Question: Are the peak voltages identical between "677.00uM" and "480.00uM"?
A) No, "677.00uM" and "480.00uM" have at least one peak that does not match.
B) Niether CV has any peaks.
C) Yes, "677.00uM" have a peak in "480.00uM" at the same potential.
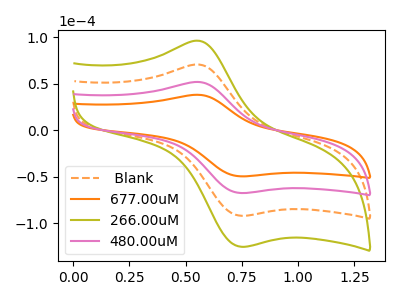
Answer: <think>The orange dashed curve " Blank" has an anodic peak at (0.55V, 103.20uA) and a cathodic peak at (0.75V, -134.95uA). The orange curve "677.00uM" has an anodic peak at (0.55V, 37.90uA) and a cathodic peak at (0.75V, -49.55uA). The olive curve "266.00uM" has an anodic peak at (0.55V, 154.80uA) and a cathodic peak at (0.75V, -202.40uA). The pink curve "480.00uM" has an anodic peak at (0.55V, 51.60uA) and a cathodic peak at (0.75V, -67.45uA).</think>
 <answer>C) Yes, "677.00uM" have a peak in "480.00uM" at the same potential.</answer>
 <eval>C</eval>